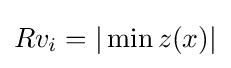
Rv_{i}=|\min z(x)|